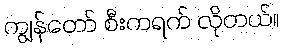
ကျွန်တော် စီးကရက် လိုတယ်။